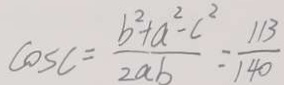
\cos C = \frac { b ^ { 2 } + a ^ { 2 } - c ^ { 2 } } { 2 a b } = \frac { 1 1 3 } { 1 4 0 }